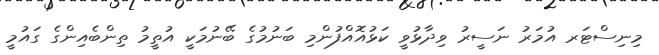
މިނިސްޓަރ އުމަރު ނަސީރު ވިދާޅުވީ ކަޅުއޮއްފުންމި ބަނުމުގެ ބޭނުމަކީ އުތީމު ތިންބެއިންގެ ގައުމީ